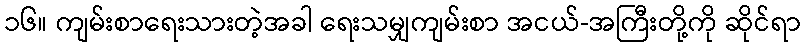
၁၆။ ကျမ်းစာရေးသားတဲ့အခါ ရေးသမျှကျမ်းစာ အငယ်-အကြီးတို့ကို ဆိုင်ရာ